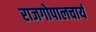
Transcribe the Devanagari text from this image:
राजगोपालचार्य